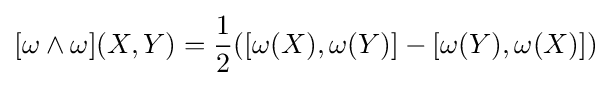
[\omega \wedge \omega ](X,Y)={\frac {1}{2}}([\omega (X),\omega (Y)]-[\omega (Y),\omega (X)])